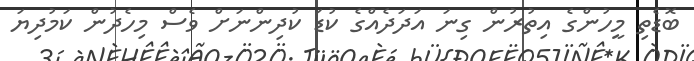
ބޮޑެތި މީހުންގެ އިތުރުން ގިނަ އަދަދެއްގެ ކުޑަ ކުދިންނަށް ވެސް މިހެދުން ކަމުދިޔަ